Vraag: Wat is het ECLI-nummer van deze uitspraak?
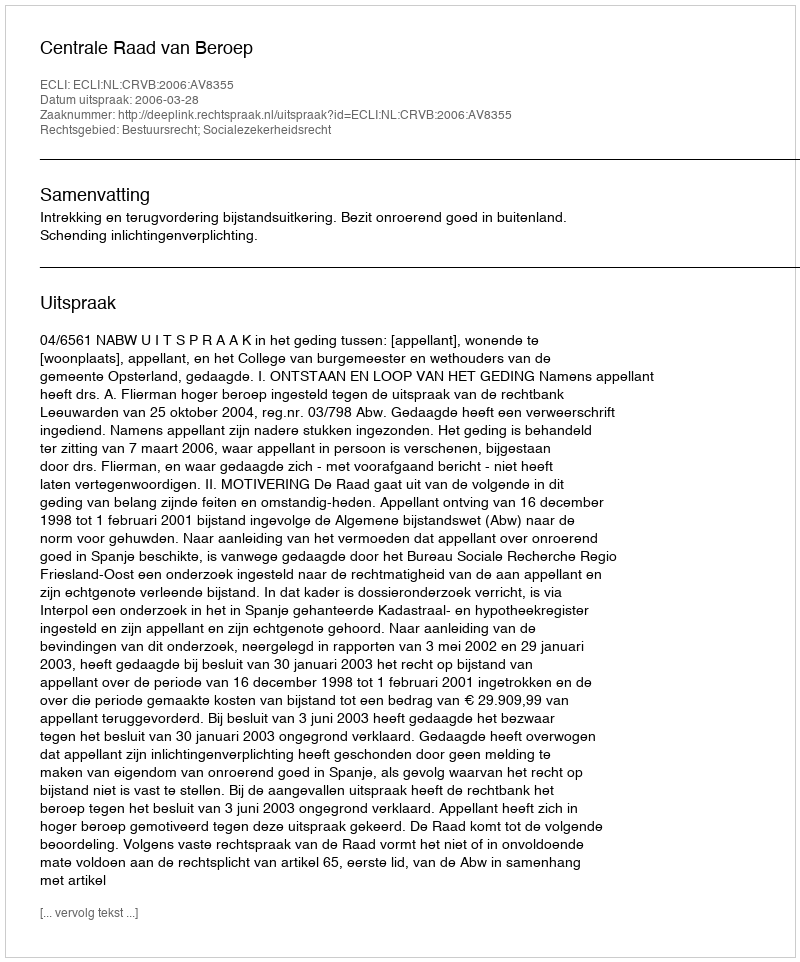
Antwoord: ECLI:NL:CRVB:2006:AV8355